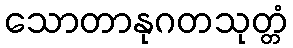
သောတာနုဂတသုတ္တံ